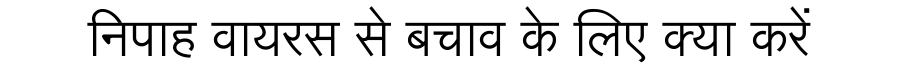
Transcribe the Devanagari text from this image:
निपाह वायरस से बचाव के लिए क्या करें